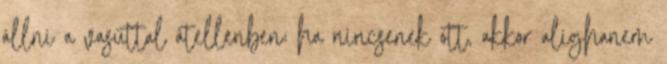
állni a vasúttal átellenben; ha nincsenek ott, akkor alighanem